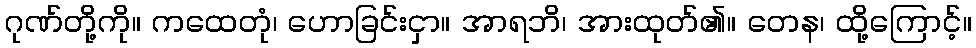
ဂုဏ်တို့ကို။ ကထေတုံ၊ ဟောခြင်းငှာ။ အာရဘိ၊ အားထုတ်၏။ တေန၊ ထို့ကြောင့်။